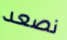
نصعد